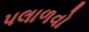
પલાળવો